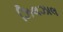
ઝિલઝાલ